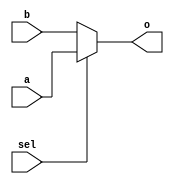
`timescale 1ns / 1ps

module mux2to1_5 (
	input [4:0] a,
	input [4:0] b,
	input sel,
	output [4:0] o );
	
	assign o = sel ? a : b;

endmodule